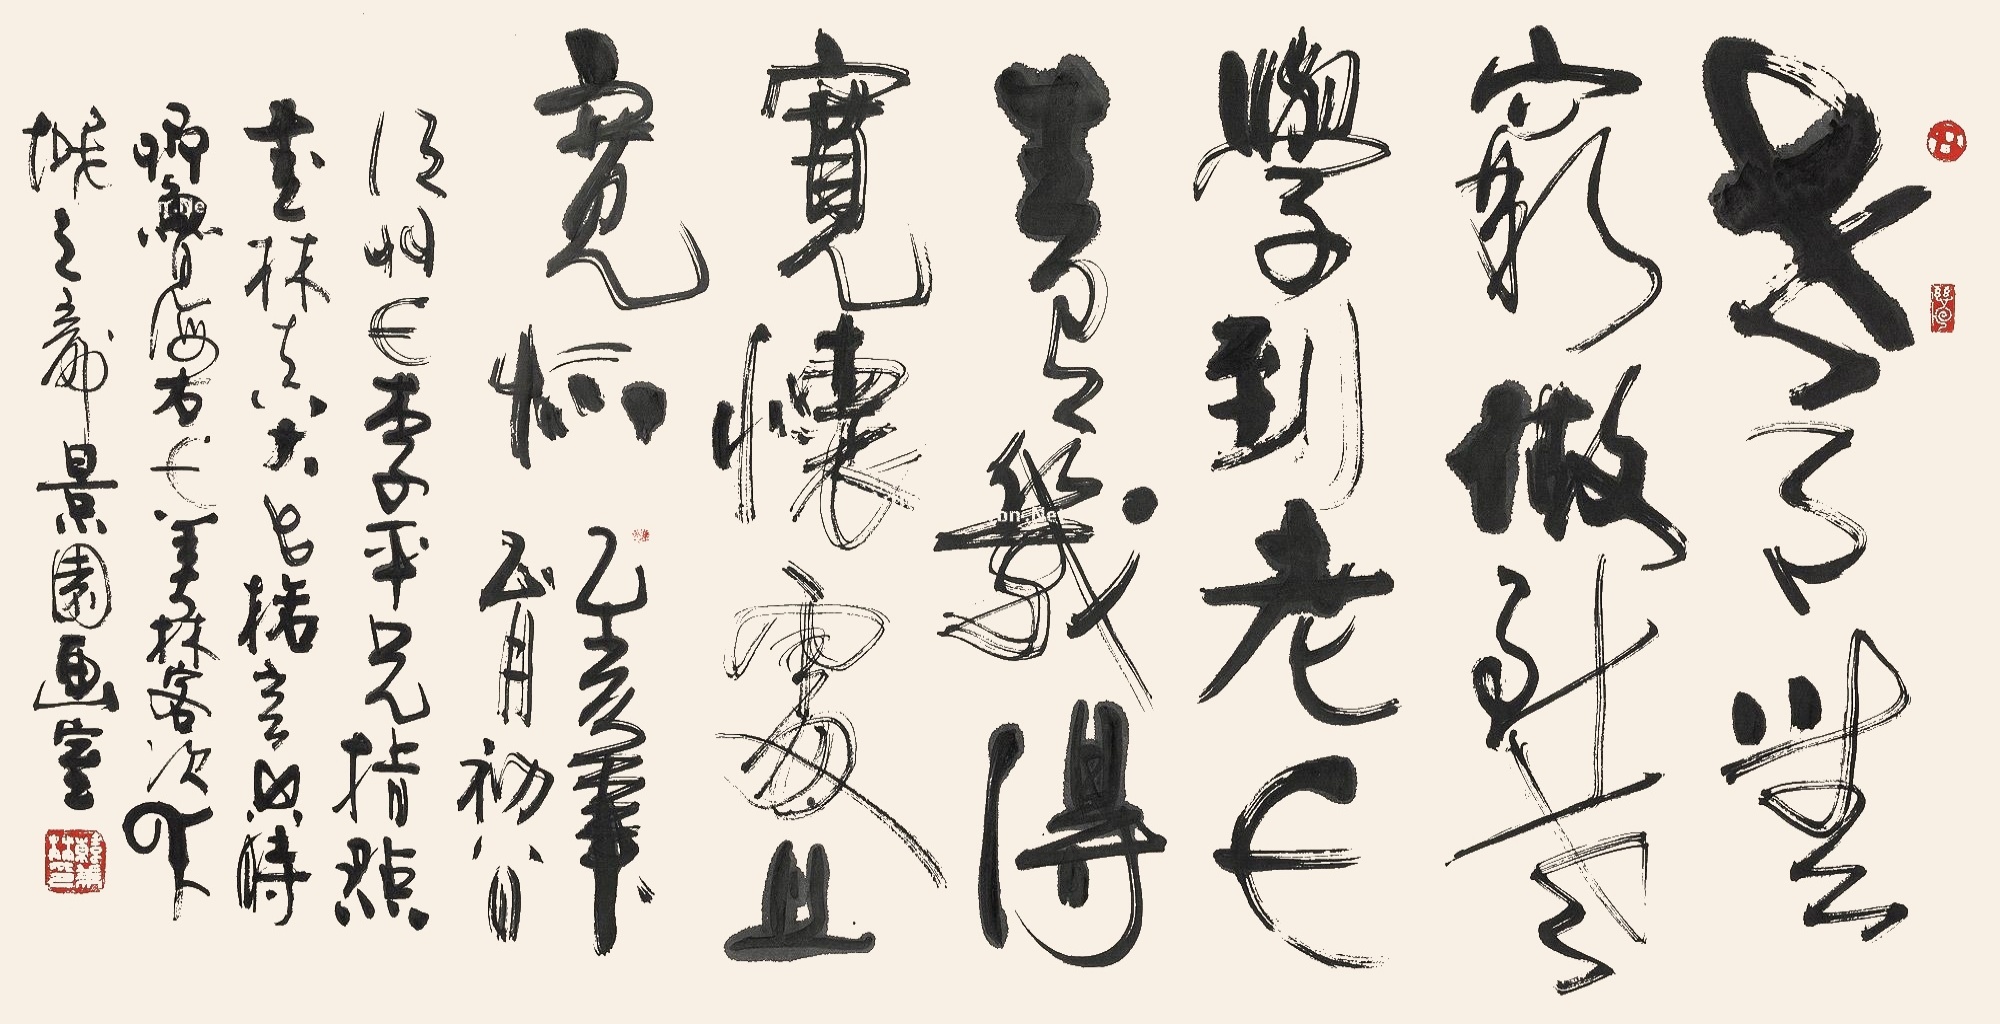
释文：世事无穷，做到老，学到老。人生有几，得宽怀处且宽怀。乙亥年正月初八日，江北人李平兄指点武林真大师格言。其时齐鲁海右人美林客次羊城之龙景园画室。